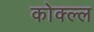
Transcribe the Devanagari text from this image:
कोक्ल्ल